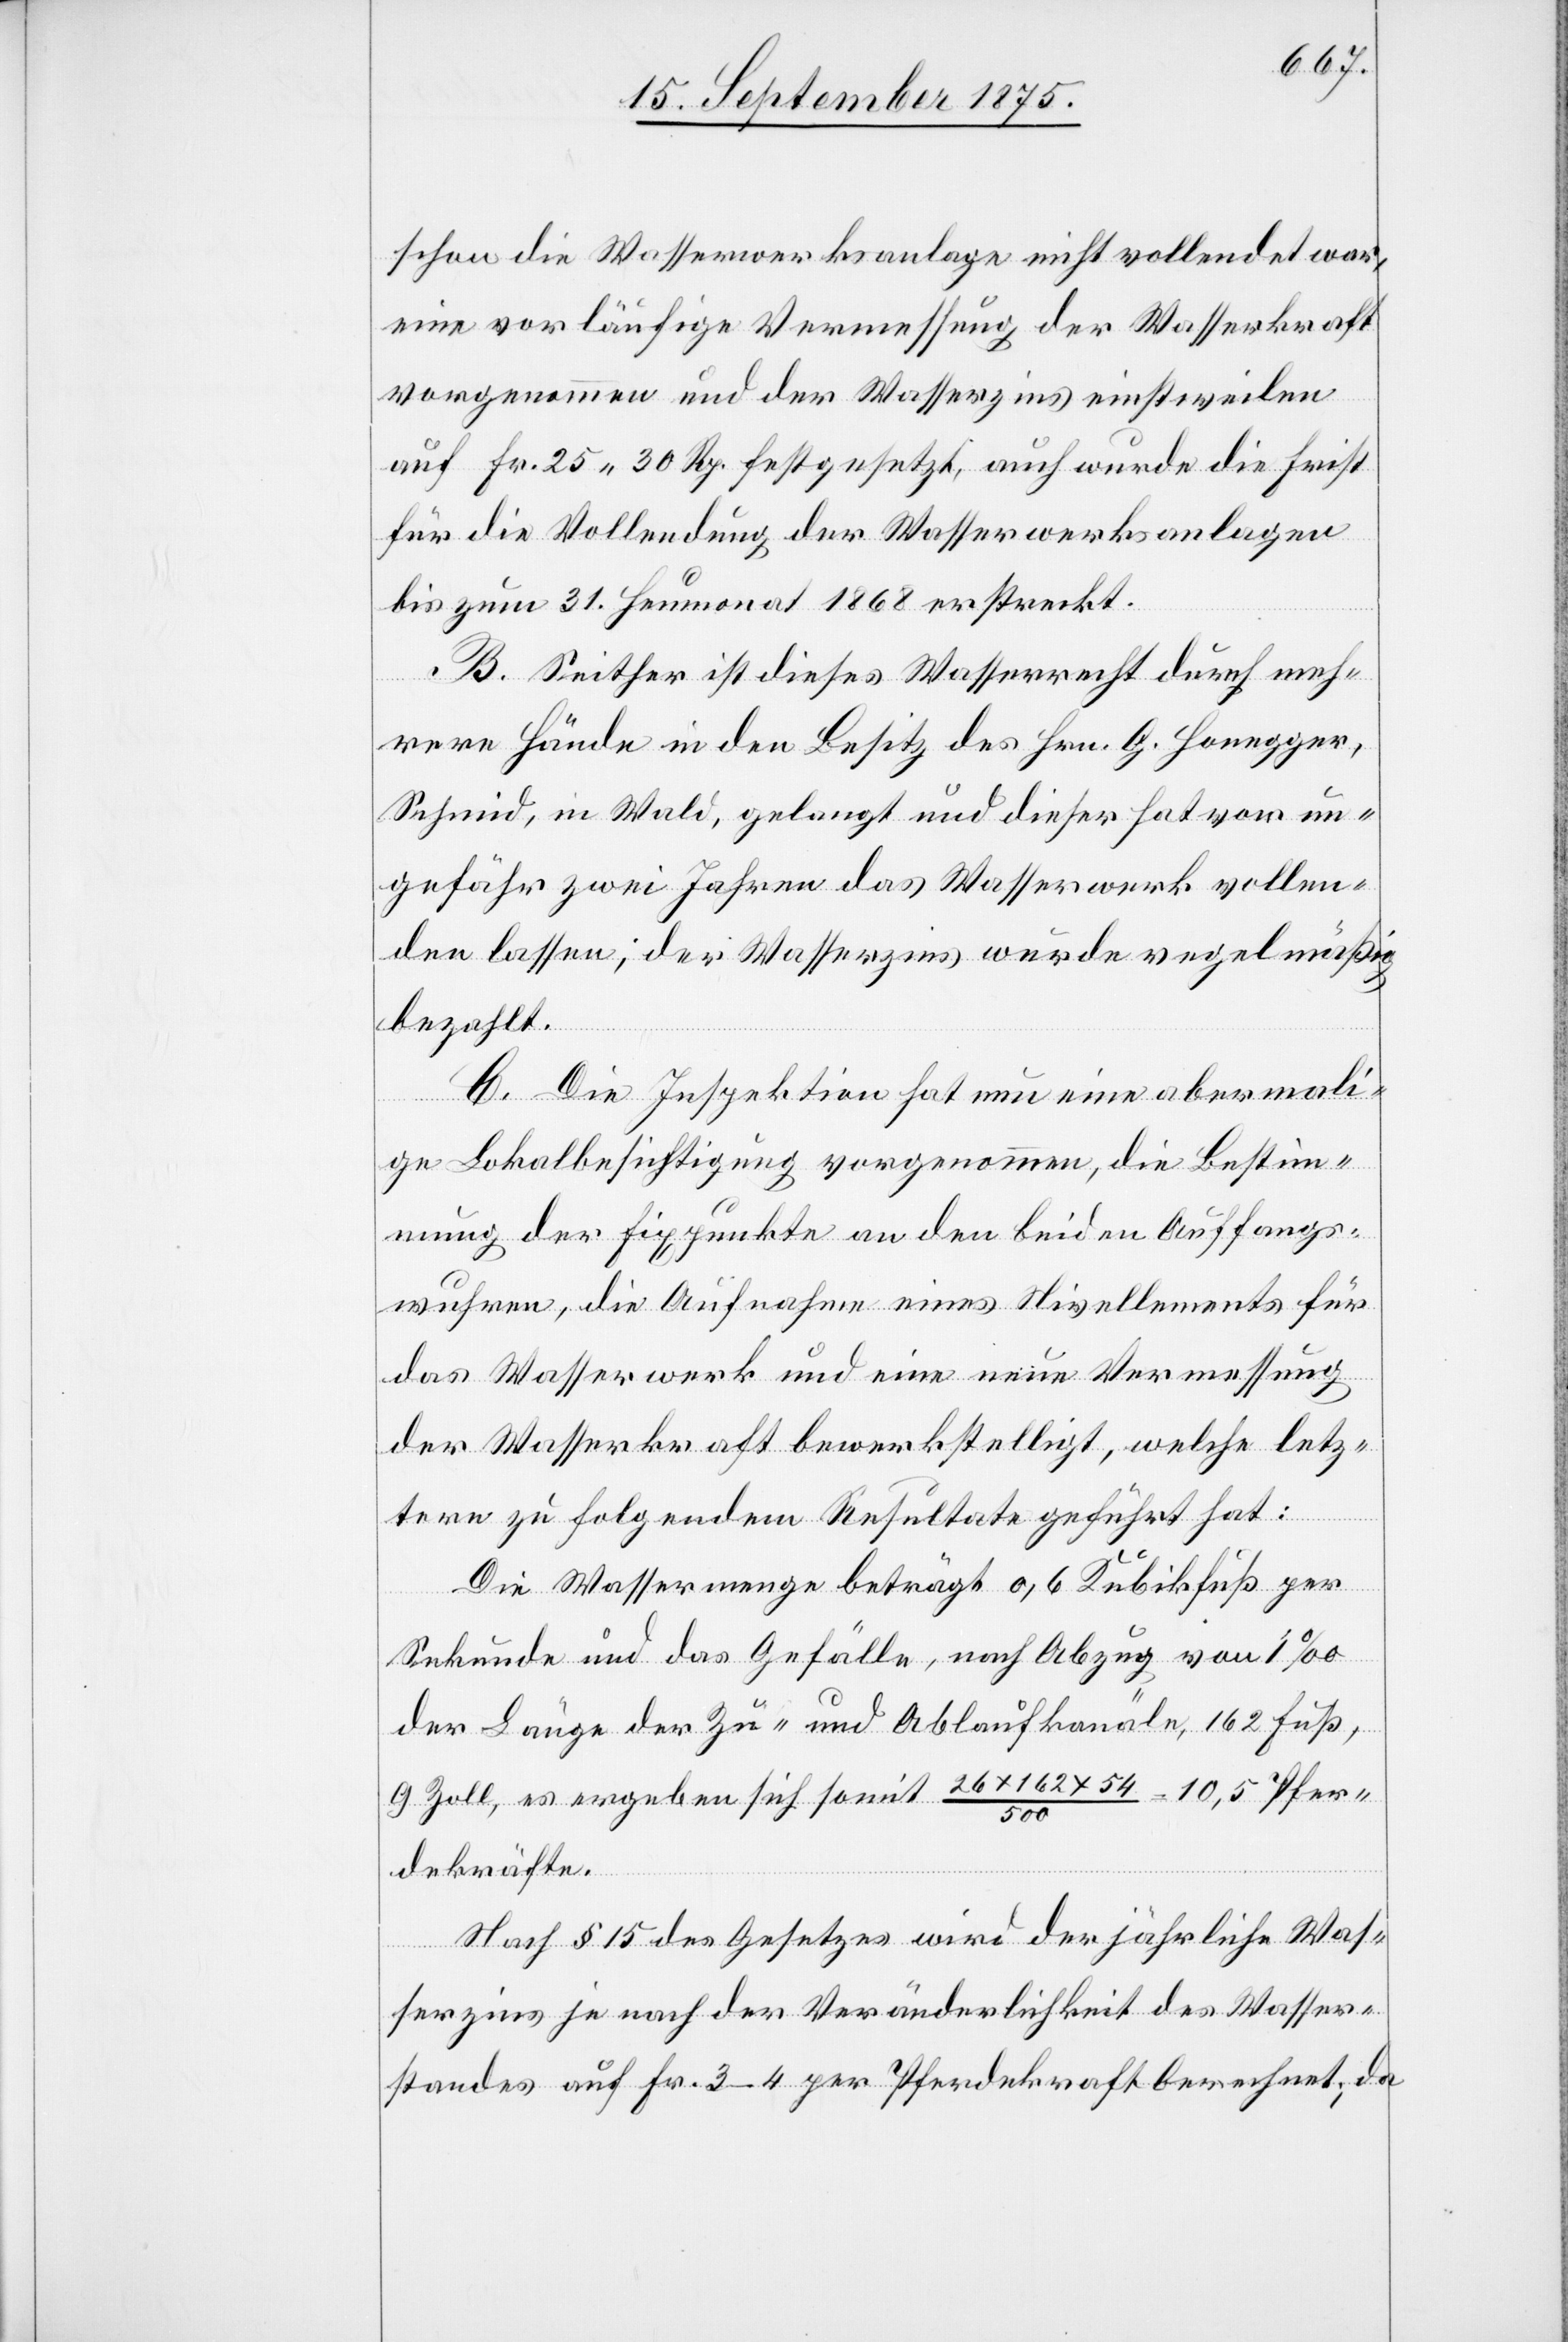
schon die Wasserwerksanlage nicht vollendet war,
eine vorläufige Vermessung der Wasserkraft
vorgenommen und der Wasserzins einstweilen
auf Fr. 25 30 Rp. festgesetzt, auch wurde die Frist
für die Vollendung der Wasserwerksanlagen
bis zum 31. Heumonat 1868 erstreckt.
B. Seither ist dieses Wasserrecht durch meh¬
rere Hände in den Besitz des Hrn. G. Honegger,
Schmi[e]d, in Wald, gelangt und dieser hat vor un¬
gefähr zwei Jahren das Wasserwerk vollen¬
den lassen; der Wasserzins wurde regelmäßig
bezahlt.
C. Die Inspektion hat nun eine abermali¬
ge Lokalbesichtigung vorgenommen, die Bestim¬
mung der Fixpunkte an den beiden Auffangs¬
wuhren, die Aufnahme eines Nivellements für
das Wasserwerk und eine neue Vermessung
der Wasserkraft bewerkstelligt, welche letz¬
tere zu folgendem Resultate geführt hat:
Die Wassermenge beträgt 0,6 Kubikfuß per
Sekunde und da Gefälle, nach Abzug von 1‰
der Länge der Zu- und Ablaufkanäle, 162 Fuß,
9 Zoll, es ergeben sich somit 26 x 162 x 54 / 500 = 10,5 Pfer¬
dekräfte.
Nach § 15 des Gesetzes wird der jährliche Was¬
serzins je nach der Veränderlichkeit des Wasser¬
standes auf Fr. 3–4 per Pferdekraft berechnet; da